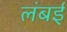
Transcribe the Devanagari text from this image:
लंबई